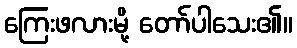
ကြေးဖလားမို့ တော်ပါသေး၏။